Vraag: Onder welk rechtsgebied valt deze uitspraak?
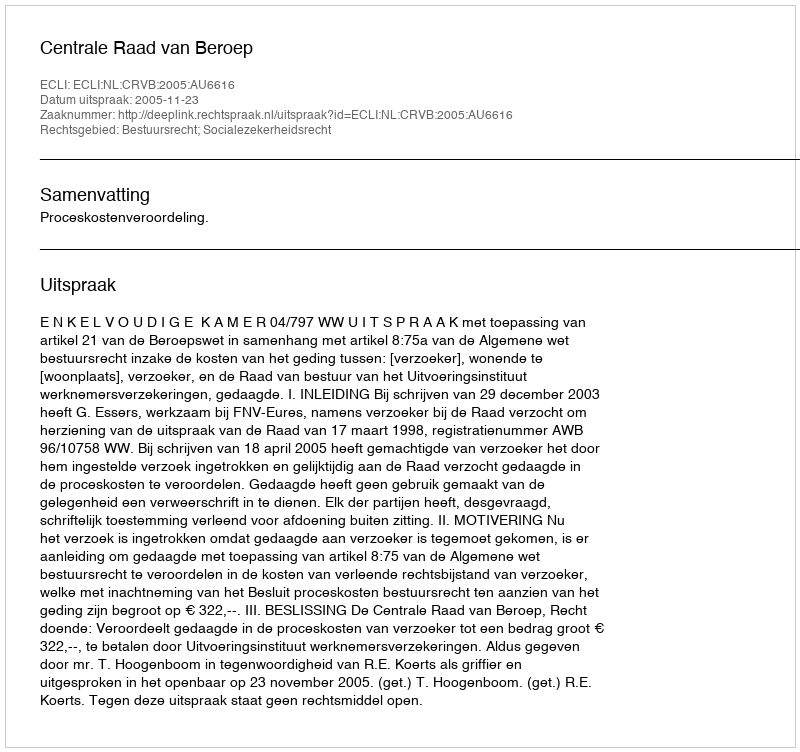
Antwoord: Bestuursrecht; Socialezekerheidsrecht